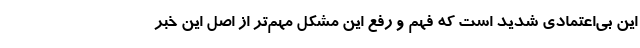
این بی‌اعتمادی شدید است که فهم و رفع این مشکل مهم‌تر از اصل این خبر